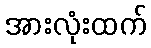
အားလုံးထက်